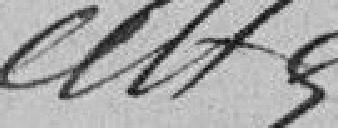
????????       Sibre